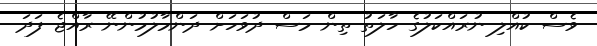
ވެސް ކުއްލި ނުރައްކަލުގެ ހާލަތު ތިން މަސް ދުވަހަށް ދަންމާލުމުންނޭ ރާއްޖެ ފަދަ